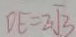
D E = 2 \sqrt { 3 }